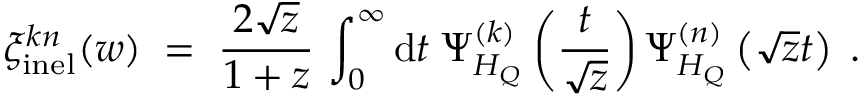
\xi _ { \mathrm { i n e l } } ^ { k n } ( w ) \; = \; \frac { 2 \sqrt { z } } { 1 + z } \, \int _ { 0 } ^ { \infty } \mathrm { d } t \; \Psi _ { H _ { Q } } ^ { ( k ) } \left( \frac { t } { \sqrt { z } } \right) \Psi _ { H _ { Q } } ^ { ( n ) } \left( \sqrt { z } t \right) \; .